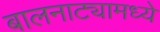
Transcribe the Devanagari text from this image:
बालनाट्यामध्ये